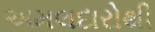
અમલદારોથી